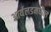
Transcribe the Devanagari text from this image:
आर्यलडमधील